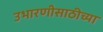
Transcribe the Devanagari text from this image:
उभारणीसाठीच्या